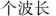
个波长